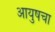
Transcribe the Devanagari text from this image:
आयुषचा